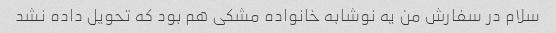
سلام در سفارش من یه نوشابه خانواده مشکی هم بود که تحویل داده نشد